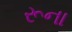
રૂના